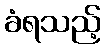
ခံရသည့်